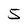
Character: 5